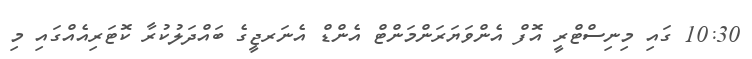
10:30 ގައި މިނިސްޓްރީ އޮފް އެންވަޔަރަންމަންޓް އެންޑް އެނަރޖީގެ ބައްދަލުކުރާ ކޮޓަރިއެއްގައި މި